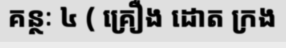
គន្ថៈ ៤ ( គ្រឿង ដោត ក្រង